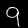
Label: 9